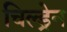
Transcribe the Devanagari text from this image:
चिल्‍ड्रेन